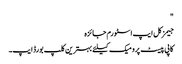
"
جیمز کل ایپ اسٹورم جائزہ
کاپی پیسٹ پرو میک کیلئے بہترین کلپ بورڈ ایپ۔